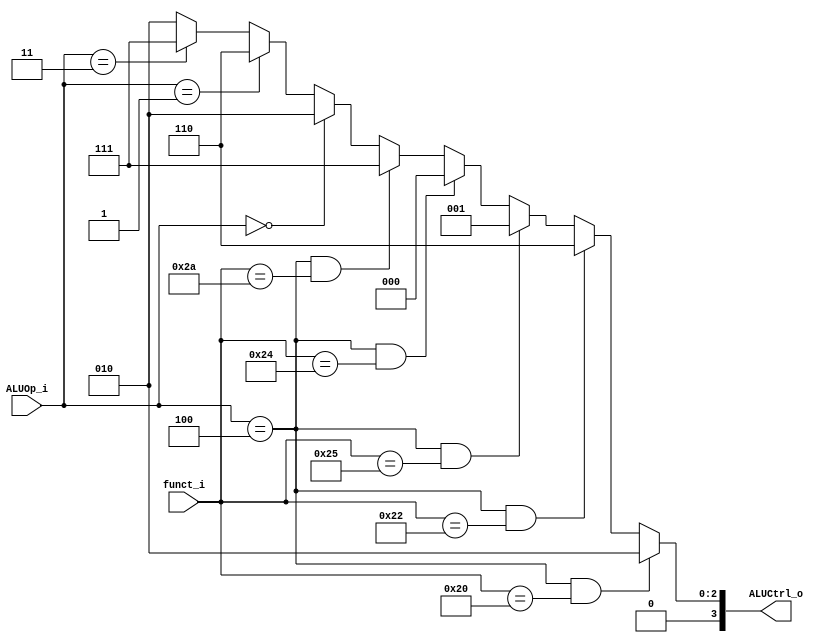
//109550073

//Subject:     CO project 2 - ALU Controller
//--------------------------------------------------------------------------------
//Version:     1
//--------------------------------------------------------------------------------
//Writer:      
//----------------------------------------------
//Date:        
//----------------------------------------------
//Description: 
//--------------------------------------------------------------------------------

module ALU_Ctrl(
          funct_i,
          ALUOp_i,
          ALUCtrl_o
          );
          
//I/O ports 
input      [6-1:0] funct_i;
input      [3-1:0] ALUOp_i;

output     [4-1:0] ALUCtrl_o;    
     
//Internal Signals
reg        [4-1:0] ALUCtrl_o;

//Parameter
always@(*) begin
    ALUCtrl_o <= (ALUOp_i == 3'b100 && funct_i == 6'b100000)? 4'b0010: //add 
                   (ALUOp_i == 3'b100 && funct_i == 6'b100010)? 4'b0110: //sub
                   (ALUOp_i == 3'b100 && funct_i == 6'b100101)? 4'b0001: //or    
                   (ALUOp_i == 3'b100 && funct_i == 6'b100100)? 4'b0000: //and 
                   (ALUOp_i == 3'b100 && funct_i == 6'b101010)? 4'b0111: //slt  
                   (ALUOp_i == 3'b000)? 4'b0010:  //addi lw sw
                   (ALUOp_i == 3'b001)? 4'b0110:  //beq  
                   (ALUOp_i == 3'b011)? 4'b0111: 4'b0010; //slt
       
//Select exact operation
end
endmodule